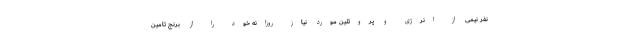
نفر نیمی از انرژی و پروتئین مورد نیاز روزانه خود را از برنج تامین